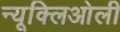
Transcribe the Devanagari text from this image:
न्यूक्लिओली